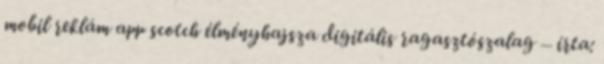
mobil reklám app scotch élményhajsza digitális ragasztószalag – írta: